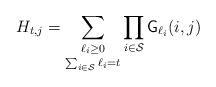
LaTeX: \begin{align*}H_{t,j}=\mathop{ \sum_{\ell_i \geq 0}}_{\sum_{i\in\mathcal{S}}\ell_{i}=t}\prod_{i\in\mathcal{S}}{\mathsf{G}}_{\ell_{i}}(i,j) \end{align*}